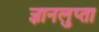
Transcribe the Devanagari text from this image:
ज्ञानलुप्ता